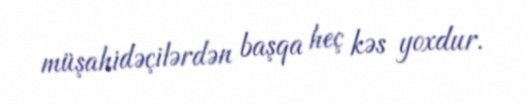
müşahidəçilərdən başqa heç kəs yoxdur.